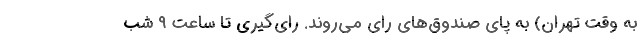
به وقت تهران) به پای صندوق‌های رای می‌روند. رای‌گیری تا ساعت ۹ شب